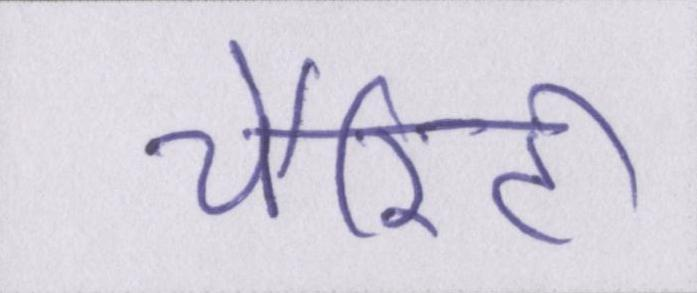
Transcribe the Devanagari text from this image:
चैरिटी